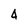
Character: 4